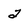
Character: 2